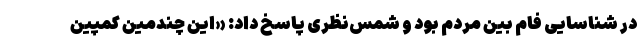
در شناسایی فام بین مردم بود و شمس‌نظری پاسخ داد: «این چندمین کمپین